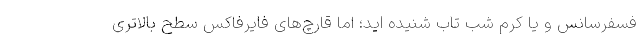
فسفرسانس و یا کرم شب تاب شنیده اید؛ اما قارچ‌های فایرفاکس سطح بالاتری